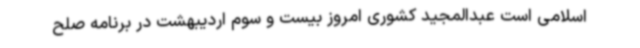
اسلامی است عبدالمجید کشوری امروز بیست و سوم اردیبهشت در برنامه صلح